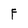
Character: F